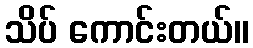
သိပ် ကောင်းတယ်။